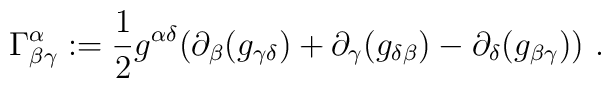
\Gamma^\alpha_{\beta\gamma} : = \frac{1}{2} g^{\alpha\delta} (\partial_\beta (g_{\gamma\delta}) + \partial_\gamma (g_{\delta\beta}) - \partial_\delta (g_{\beta\gamma}))\ .